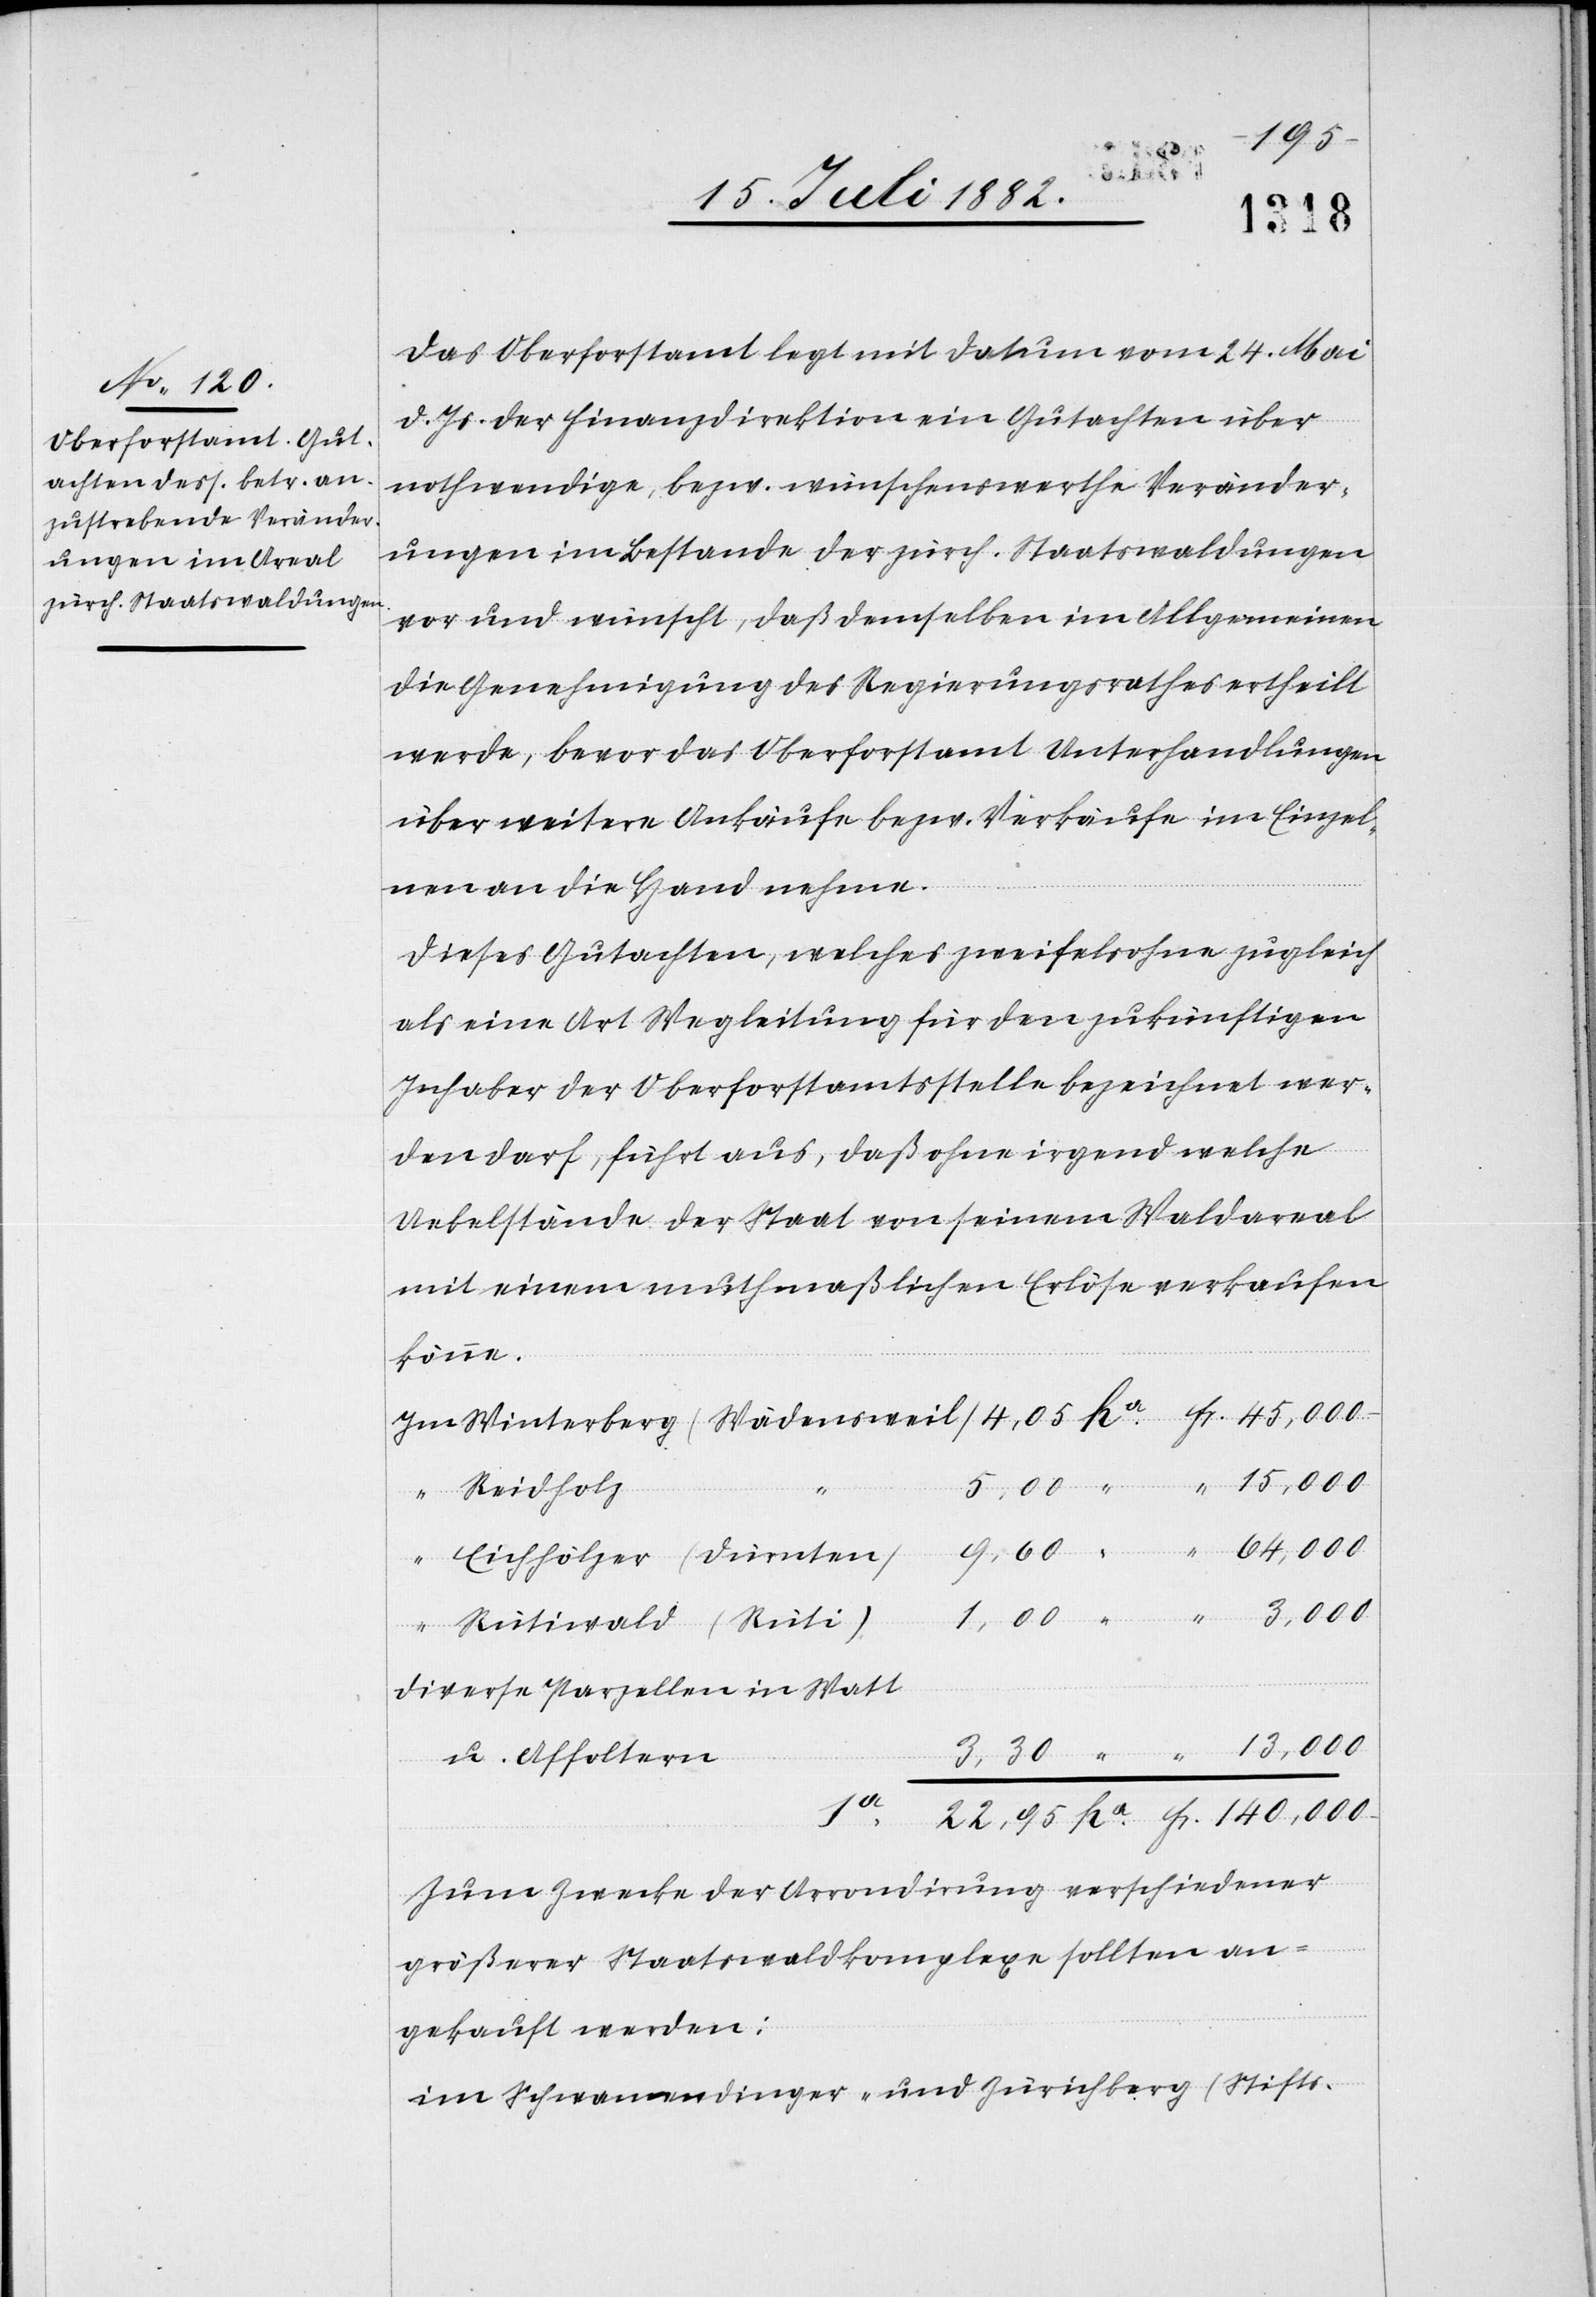
Fr.
22,95
Das Oberforstamt legt mit Datum vom 24. Mai
d. Js. der Finanzdirektion ein Gutachten über
nothwendige, bezw. wünschenswerte Veränder¬
ungen im Bestande der zürch. Staatswaldungen
vor und wünscht, daß demselben im Allgemeinen
die Genehmigung des Regierungsrathes ertheilt
werde, bevor das Oberforstamt Unterhandlungen
über weitere Ankäufe bezw. Verkäufe im Einzel¬
nen an die Hand nehme.
Dieses Gutachten, welches zweifelsohne zugleich
als eine Art Wegleitung für den zukünftigen
Inhaber der Oberforstamtsstelle bezeichnet wer¬
den darf, führt aus, daß ohne irgend welche
Uebelstände der Staat von seinem Waldareal
mit einem muthmaßlichen Erlöse verkaufen
könne.
Reidholz
Diverse Parzellen in Watt
u. Affoltern
ha
Zum Zwecke der Arrondirung verschiedener
größerer Staatswaldkomplexe sollten an¬
gekauft werden:
im Schwamendinger- und Zürichberg (Stifts-